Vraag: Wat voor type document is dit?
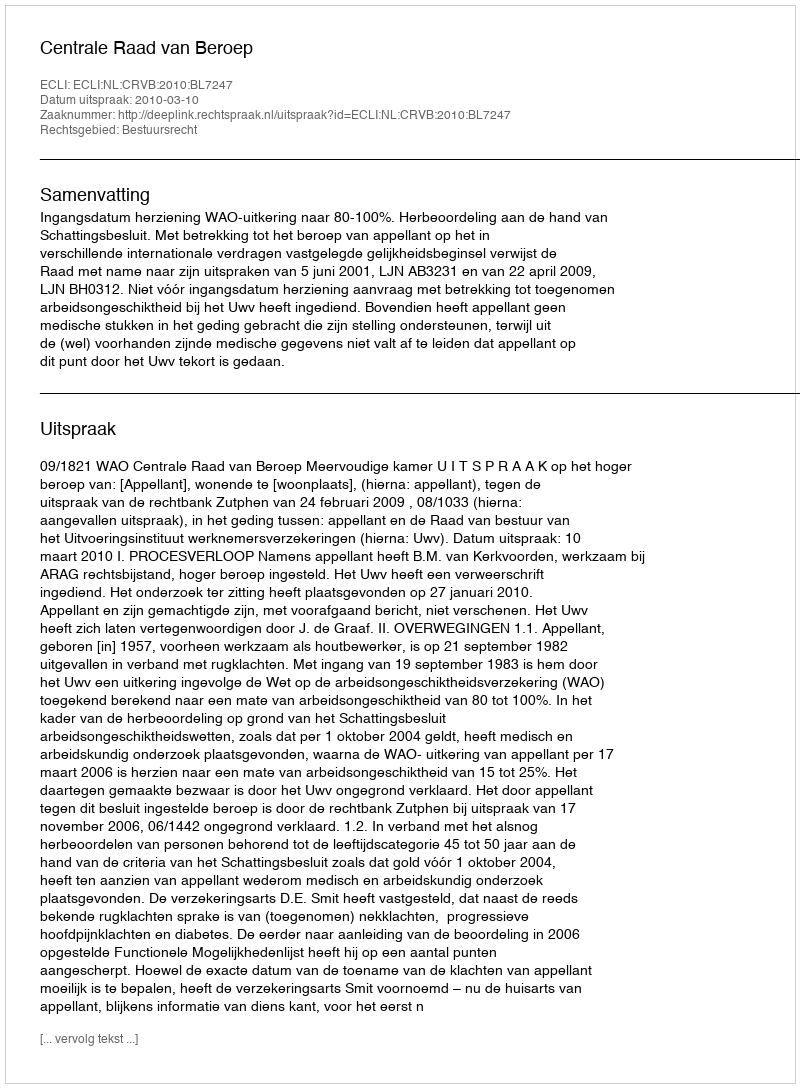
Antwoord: Uitspraak